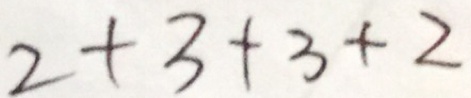
2 + 3 + 3 + 2